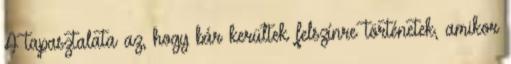
A tapasztalata az, hogy bár kerültek felszínre történetek, amikor